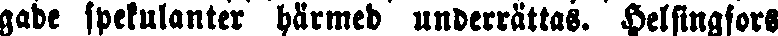
gade spekulanter härmed underrättas. Helsingfors